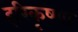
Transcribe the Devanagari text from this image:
हरिकृष्णा